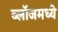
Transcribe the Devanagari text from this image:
ब्लॉजमध्ये